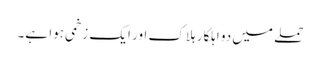
حملے میں دو اہلکار ہلاک اور ایک زخمی ہوا ہے۔